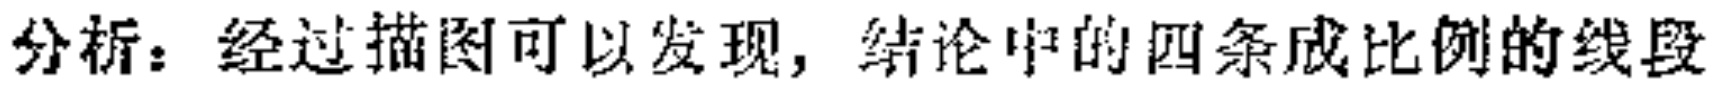
分析：经过描图可以发现，结论中的四条成比例的线段